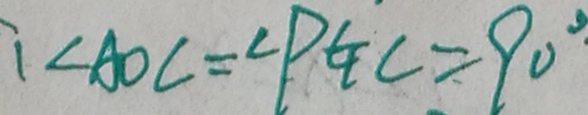
\angle A O C = \angle P G C = 9 0 ^ { \circ }